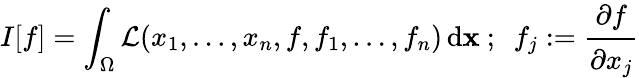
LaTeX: I[f]=\int_{\Omega}{\mathcal{L}}(x_{1},\dots,x_{n},f,f_{1},\dots,f_{n})\, \mathrm{d}\mathbf{x}\, \! ~;~~f_{j}:={\cfrac{\partial f}{\partial x_{j}}}